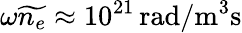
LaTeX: \omega\widetilde{n_{e}}\approx 10^{21}\, \mathrm{rad/m^{3}s}